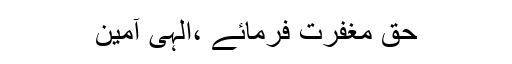
حق مغفرت فرمائے ،الہٰی آمین